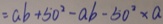
= a b + 5 0 ^ { 2 } - a b - 5 0 ^ { 2 } \times a